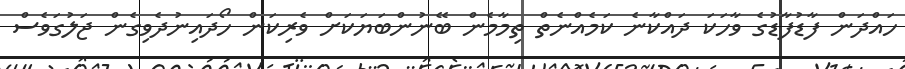
ހައްދަން ފާޑުފާޑުގެ ވާހަކަ ދައްކާނެ ކަމެއްނެތް ތިމާމެން ބޭނުންބަޔަކަށް ވެރިކަން ހޯދައިނުދެވިގެން ޖަލުގަވެސް